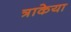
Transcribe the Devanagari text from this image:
त्राकेया